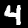
Label: 4